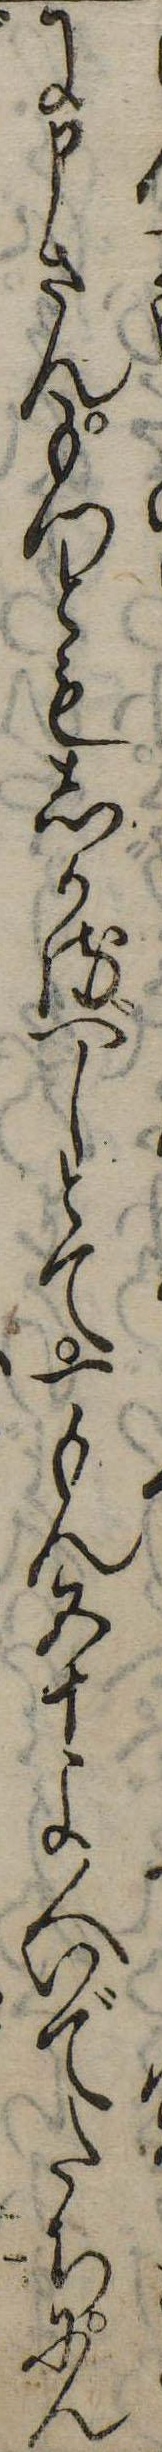
に申さんもつともしかるべしとて一もん五十よ人いでたちにん